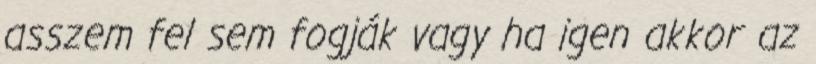
asszem fel sem fogják vagy ha igen akkor az